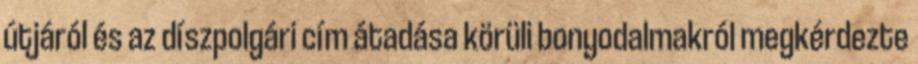
útjáról és az díszpolgári cím átadása körüli bonyodalmakról megkérdezte